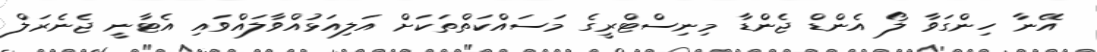
އޭނާ ހިންގަވާ ލޯ އެންޑް ޖެންޑާ މިނިސްޓްރީގެ މަސައްކަތްތަކަށް އަލިއަޅުއްވާލައްވައި އެޓާނީ ޖެނެރަލް